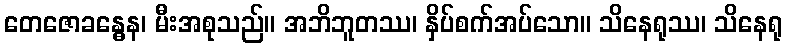
တေဇောခန္ဓေန၊ မီးအစုသည်။ အဘိဘူတဿ၊ နှိပ်စက်အပ်သော။ သိနေရုဿ၊ သိနေရု